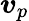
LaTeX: \boldsymbol{v}_{p}